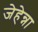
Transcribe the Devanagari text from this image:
जेहेन्ना